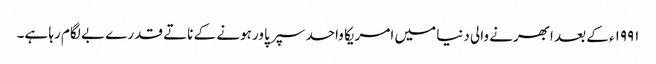
۱۹۹۱ء کے بعد ابھرنے والی دنیا میں امریکا واحد سپر پاور ہونے کے ناتے قدرے بے لگام رہا ہے۔